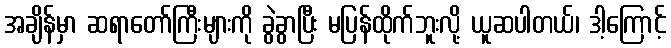
အချိန်မှာ ဆရာတော်ကြီးများကို ခွဲခွာပြီး မပြန်ထိုက်ဘူးလို့ ယူဆပါတယ်၊ ဒါ့ကြောင့်